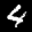
Label: 4